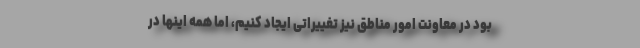
بود در معاونت امور مناطق نیز تغییراتی ایجاد کنیم، اما همه اینها در